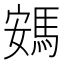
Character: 𮪂